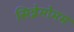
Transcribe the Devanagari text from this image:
सिन्नेमोमम